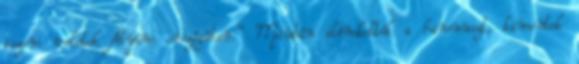
iszom veletek Atyám országában.'' Miután elénekelték a himnuszt, kimentek